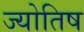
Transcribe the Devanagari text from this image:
ज्योतिष